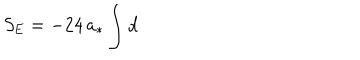
LaTeX: S _ { \mathrm { E } } = - 2 4 \, a _ { * } \int \mathrm { d }